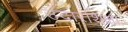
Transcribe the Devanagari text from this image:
उदारशिक्षा